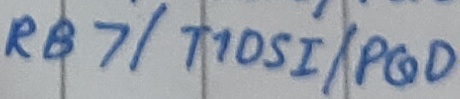
Text: RB7/T10SI/PGD